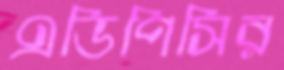
এডিপিসির